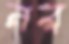
নর